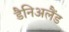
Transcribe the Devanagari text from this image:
डैनिअलैंड